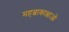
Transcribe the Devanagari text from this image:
महत्वाकाक्षाओं